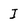
Character: I